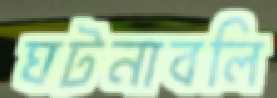
ঘটনাবলি